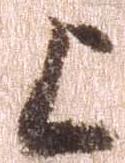
上